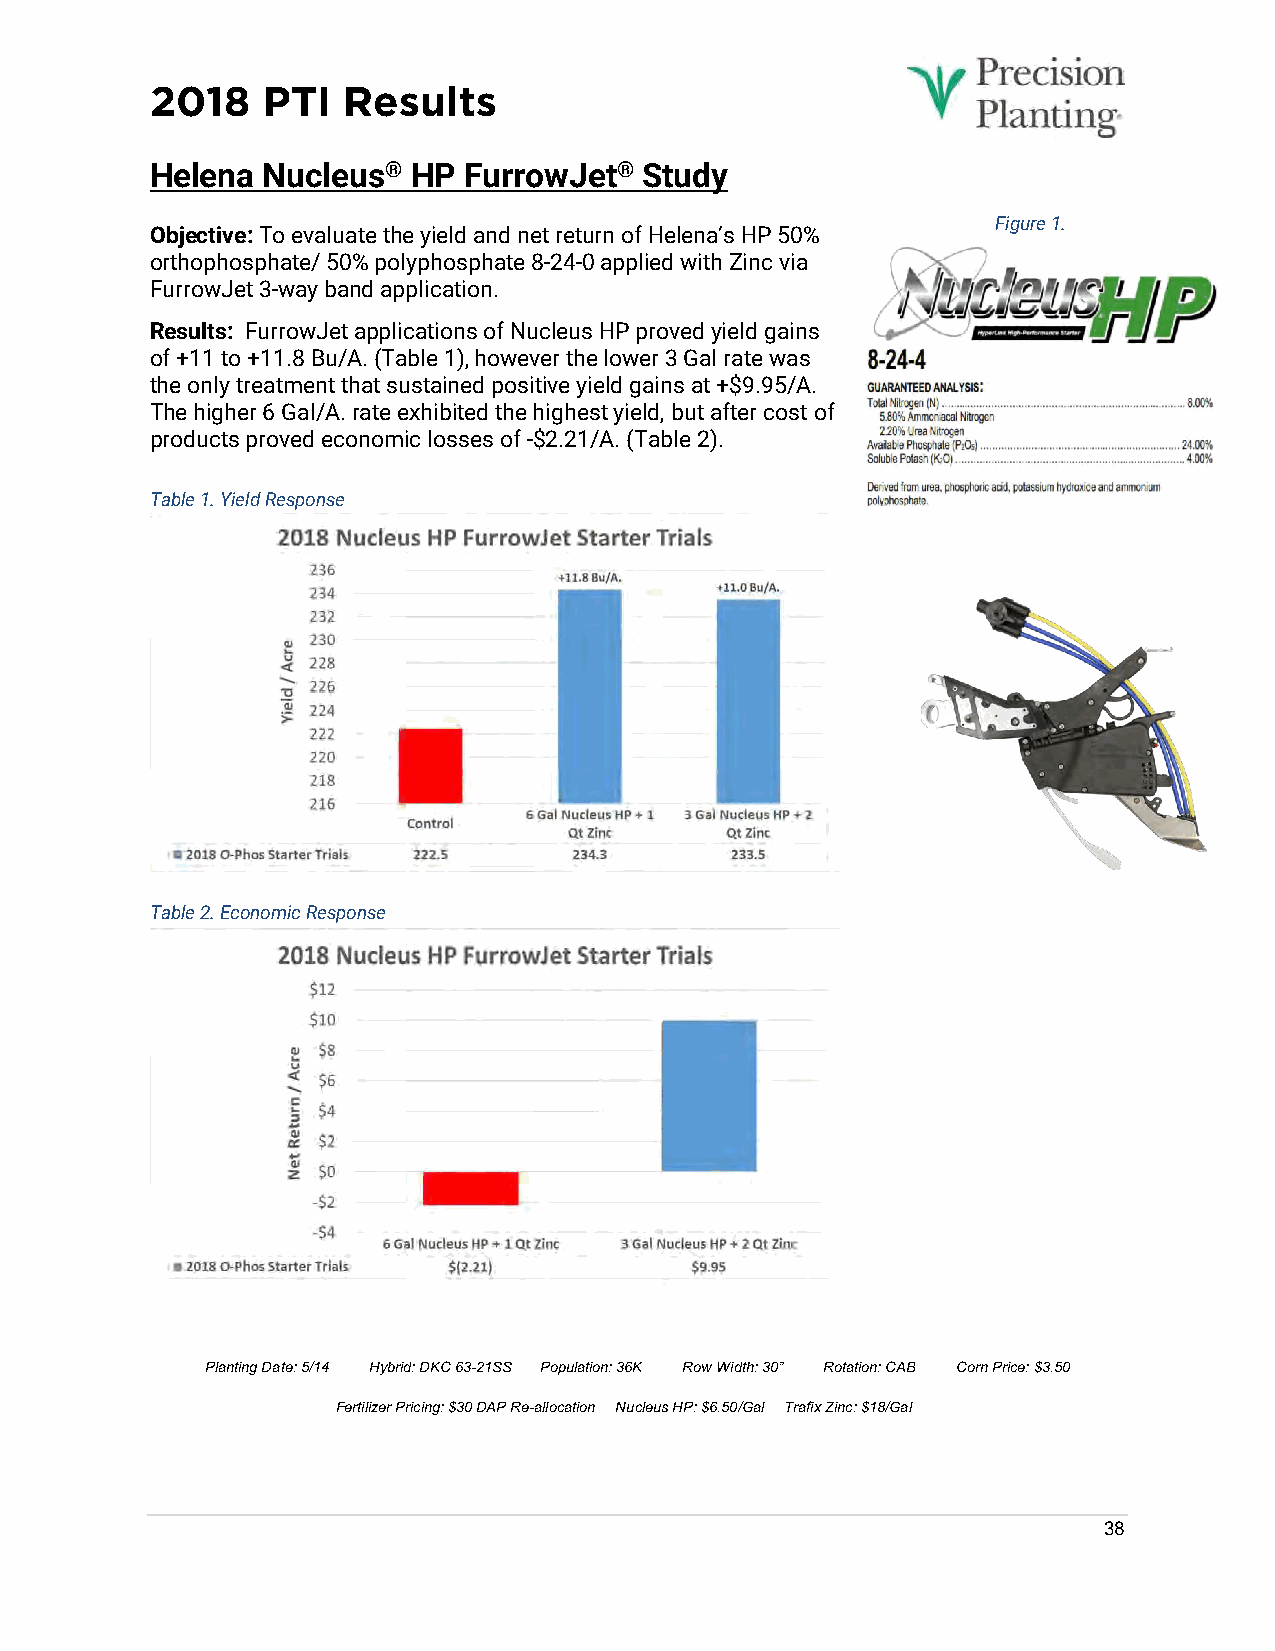
2018   PTI   Results
 Helena Nucleus®  HP  FurrowJet®  Study
 Figure 1.
 Objective: To evaluate the yield and net return of Helena’s HP 50%
 orthophosphate/ 50% polyphosphate 8-24-0 applied with Zinc via
 FurrowJet 3-way band application.
 Results: FurrowJet applications of Nucleus HP proved yield gains
 of +11 to +11.8 Bu/A. (Table 1), however the lower 3 Gal rate was
 the only treatment that sustained positive yield gains at +$9.95/A.
 The higher 6 Gal/A. rate exhibited the highest yield, but after cost of
 products proved economic losses of -$2.21/A. (Table 2).
 Table 1. Yield Response
 Table 2. Economic Response
 Planting Date: 5/14 Hybrid: DKC 63-21SS Population: 36K Row Width: 30” Rotation: CAB Corn Price: $3.50
 Fertilizer Pricing: $30 DAP Re-allocation Nucleus HP: $6.50/Gal Trafix Zinc: $18/Gal
 38